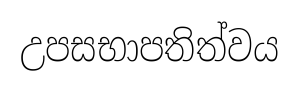
උපසභාපතිත්වය